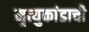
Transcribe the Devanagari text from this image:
मृत्युकांडाची